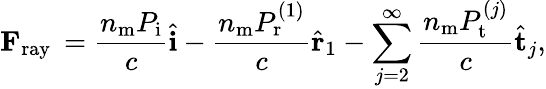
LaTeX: \mathbf{F}_{\mathrm{ray~}}=\frac{n_{\mathrm{m}}P_{\mathrm{i}}}{c}\hat{\mathbf{i}}-\frac{n_{\mathrm{m}}P_{\mathrm{r}}^{(1)}}{c}\hat{\mathbf{r}}_{1}-\sum_{j=2}^{\infty}\frac{n_{\mathrm{m}}P_{\mathrm{t}}^{(j)}}{c}\hat{\mathbf{t}}_{j},